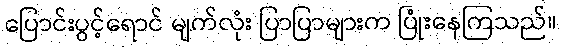
ပြောင်းပွင့်ရောင် မျက်လုံး ပြာပြာများက ပြုံးနေကြသည်။